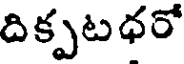
దిక్పటధరో